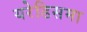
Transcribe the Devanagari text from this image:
यरेडिसमा